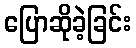
ပြောဆိုခဲ့ခြင်း